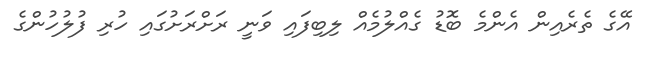
އޭގެ ތެރެއިން އެންމެ ބޮޑު ގެއްލުމެއް ލިބިފައި ވަނީ ރަށްރަށުގައި ހުރި ފުލުހުންގެ